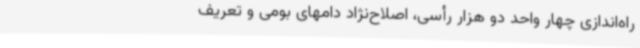
راه‌اندازی چهار واحد دو هزار رأسی، اصلاح‌نژاد دامهای بومی و تعریف